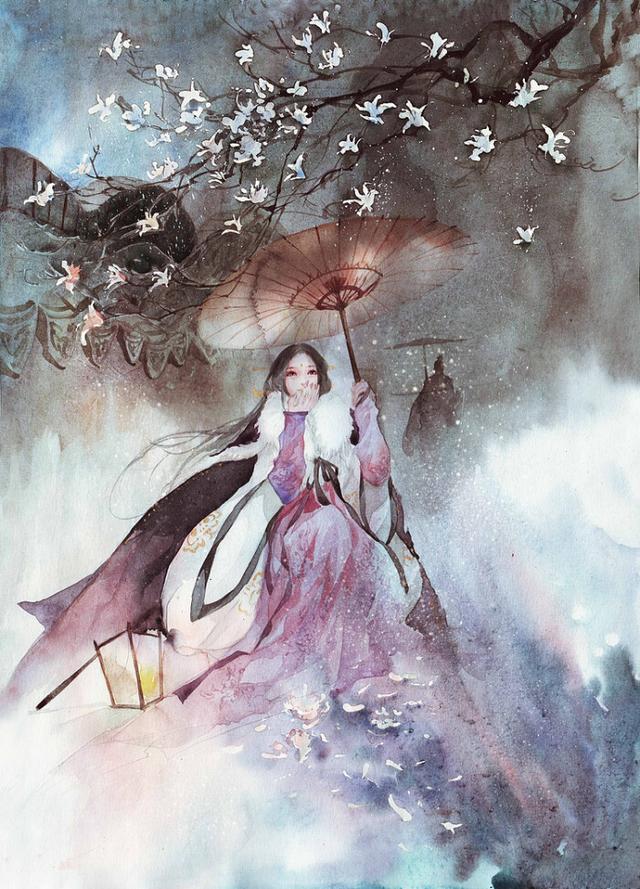
来如春梦几多时？去似朝云无觅处。